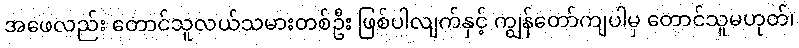
အဖေလည်း တောင်သူလယ်သမားတစ်ဦး ဖြစ်ပါလျက်နှင့် ကျွန်တော်ကျပါမှ တောင်သူမဟုတ်၊